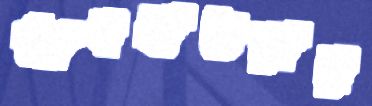
আবহাওয়ায়